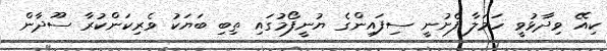
ކިއޭ ވިދާޅުވީ ހަމަލާ ފެށުނީ ސިފައިންގެ ޔުނީފޯމުގައި ތިބި ބަޔަކު ވެރިކަންކުރާ ސޫދާން